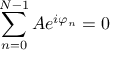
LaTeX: \sum _ { n = 0 } ^ { N - 1 } A e ^ { i \varphi _ { n } } = 0